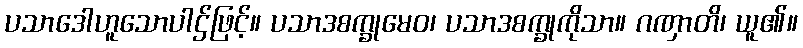
ပသာဒေါဟူသောပါဌ်ဖြင့်။ ပသာဒစက္ခုမေဝ၊ ပသာဒစက္ခုကိုသာ။ ဂဏှာတိ၊ ယူ၏။